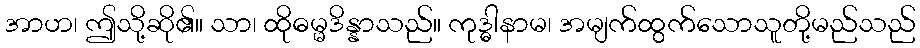
အာဟ၊ ဤသို့ဆို၏။ သာ၊ ထိုဓမ္မဒိန္နာသည်။ ကုဒ္ဓါနာမ၊ အမျက်ထွက်သောသူတို့မည်သည်